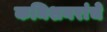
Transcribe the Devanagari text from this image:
कमिशनरांचे